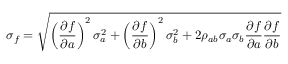
\sigma _ { f } = \sqrt { \left( \frac { \partial f } { \partial a } \right) ^ { 2 } \sigma _ { a } ^ { 2 } + \left( \frac { \partial f } { \partial b } \right) ^ { 2 } \sigma _ { b } ^ { 2 } + 2 \rho _ { a b } \sigma _ { a } \sigma _ { b } \frac { \partial f } { \partial a } \frac { \partial f } { \partial b } }